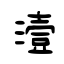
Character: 潱